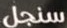
سنجل